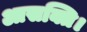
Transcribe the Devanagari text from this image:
आसक्ति।